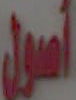
أصول